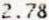
2.78